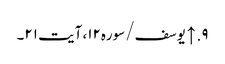
۹. ↑ یوسف/سوره۱۲، آیت ۲۱۔